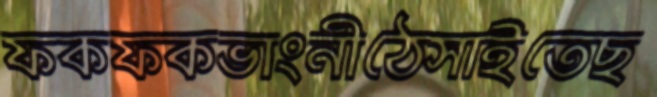
ফকফকভাংনীঠেসাইতেছ